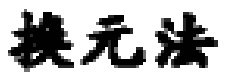
换元法